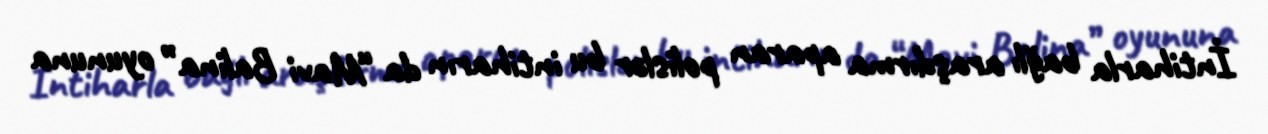
İntiharla bağlı araşdırma aparan polislər bu intiharın da “Mavi Balina” oyununa